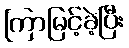
ကြာမြင့်ခဲ့ပြီး